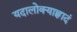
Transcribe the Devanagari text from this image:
यदालोक्याह्लादं